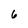
Character: 6